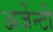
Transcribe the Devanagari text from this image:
अर्जेन्टी